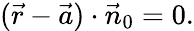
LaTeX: ({\vec{r}}-{\vec{a}})\cdot{\vec{n}}_{0}=0.